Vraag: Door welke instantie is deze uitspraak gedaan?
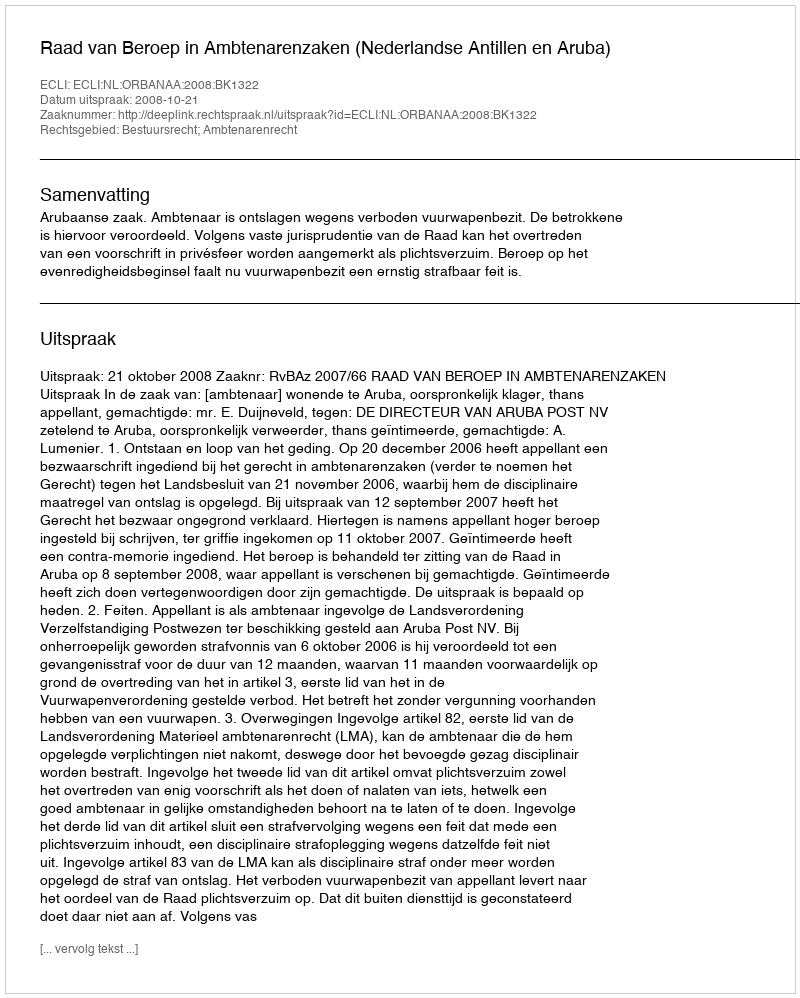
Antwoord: Raad van Beroep in Ambtenarenzaken (Nederlandse Antillen en Aruba)